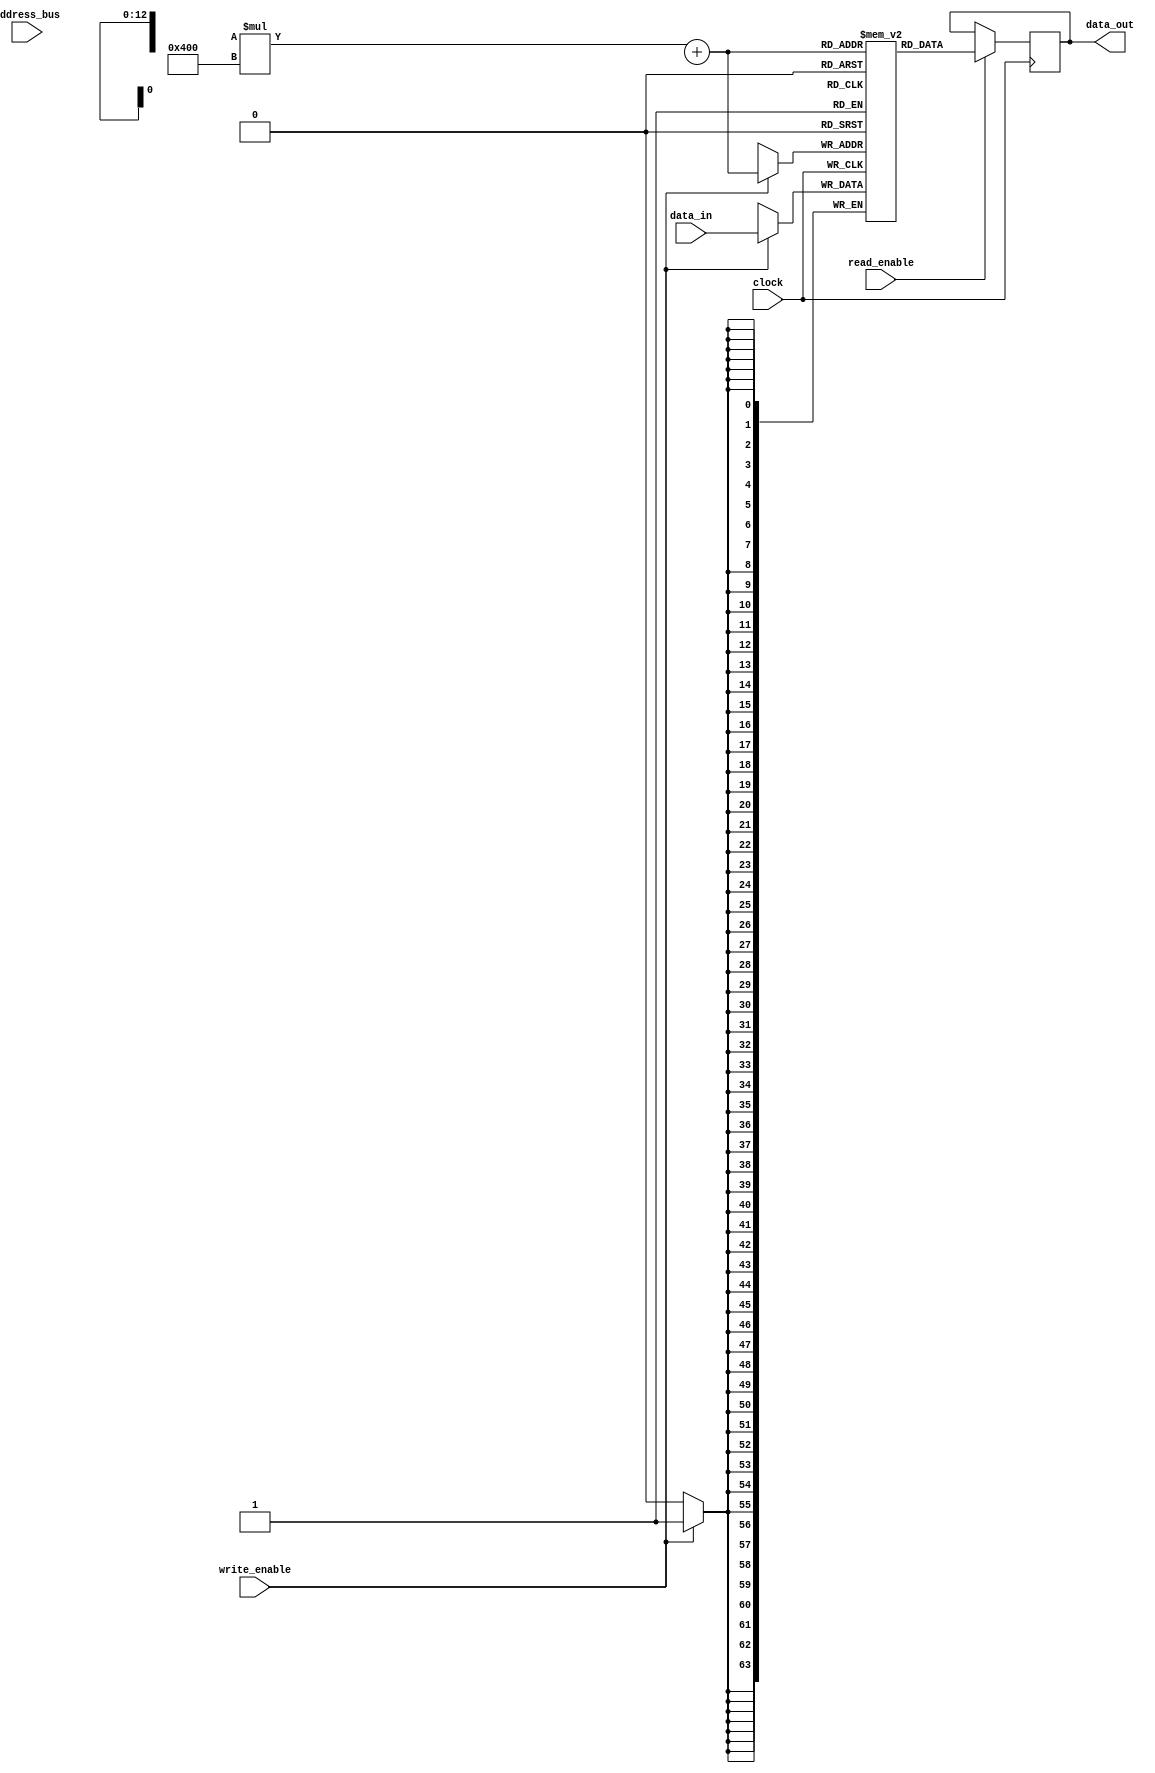
module Memory_Block_HBM (
    input wire [31:0] address_bus,
    input wire [63:0] data_in,
    output wire [63:0] data_out,
    input wire read_enable,
    input wire write_enable,
    input wire clock
);

// Define memory module parameters
parameter BANKS = 8;
parameter ROWS_PER_BANK = 1024;

// Define memory array
reg [63:0] memory [BANKS-1 : 0] [ROWS_PER_BANK-1 : 0];

// Address decoder for memory access
reg [2:0] bank_index;
reg [9:0] row_index;

always @ (posedge clock) begin
    if (read_enable) begin
        data_out <= memory[bank_index][row_index];
    end
    if (write_enable) begin
        memory[bank_index][row_index] <= data_in;
    end
end

endmodule